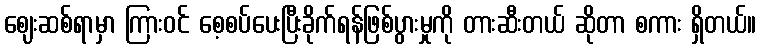
ဈေးဆစ်ရာမှာ ကြားဝင် စေ့စပ်ပေးပြီးခိုက်ရန်ဖြစ်ပွားမှုကို တားဆီးတယ် ဆိုတာ စကား ရှိတယ်။